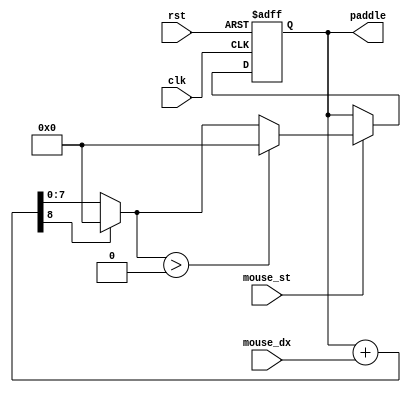
/*  This file is part of JTFRAME.
    JTFRAME program is free software: you can redistribute it and/or modify
    it under the terms of the GNU General Public License as published by
    the Free Software Foundation, either version 3 of the License, or
    (at your option) any later version.

    JTFRAME program is distributed in the hope that it will be useful,
    but WITHOUT ANY WARRANTY; without even the implied warranty of
    MERCHANTABILITY or FITNESS FOR A PARTICULAR PURPOSE.  See the
    GNU General Public License for more details.

    You should have received a copy of the GNU General Public License
    along with JTFRAME. If not, see <http://www.gnu.org/licenses/>.

    Author: Jose Tejada Gomez. Twitter: @topapate
    Version: 1.0
    Date: 22-6-2022 */

module jtframe_paddle(
    input              rst,
    input              clk,
    input signed [8:0] mouse_dx,
    input              mouse_st,
    output reg   [7:0] paddle
);

`ifdef JTFRAME_PADDLE
    localparam [7:0] PADDLE_MAX = `JTFRAME_PADDLE;
`else
    localparam [7:0] PADDLE_MAX = 0;
`endif

`ifdef JTFRAME_PADDLE_SENS
    localparam PADDLE_SENS = `JTFRAME_PADDLE_SENS;
`else
    localparam PADDLE_SENS = 0;
`endif

reg  [8:0] nx_x;

always @* begin
    nx_x = paddle + mouse_dx;
    // check overflow
    if( nx_x[8] ) begin
        nx_x = mouse_dx[8] ? 9'd0 : {1'b0,PADDLE_MAX};
    end
end

always @(posedge clk, posedge rst) begin
    if( rst ) begin
        paddle <= 0;
    end else begin
        if( mouse_st ) paddle <= nx_x[7:0] > PADDLE_MAX ? PADDLE_MAX : nx_x[7:0];
    end
end

endmodule